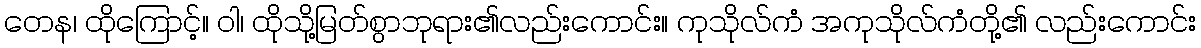
တေန၊ ထိုကြောင့်။ ဝါ၊ ထိုသို့မြတ်စွာဘုရား၏လည်းကောင်း။ ကုသိုလ်ကံ အကုသိုလ်ကံတို့၏ လည်းကောင်း